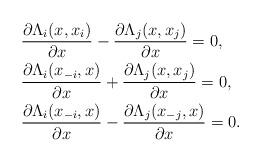
LaTeX: \begin{align*}&\frac{\partial\Lambda_i(x,x_i)}{\partial x}-\frac{\partial\Lambda_j(x,x_j)}{\partial x}=0,\\&\frac{\partial\Lambda_i(x_{-i},x)}{\partial x}+\frac{\partial\Lambda_j(x,x_j)}{\partial x}=0,\\&\frac{\partial\Lambda_i(x_{-i},x)}{\partial x}-\frac{\partial\Lambda_j(x_{-j},x)}{\partial x} = 0.\end{align*}